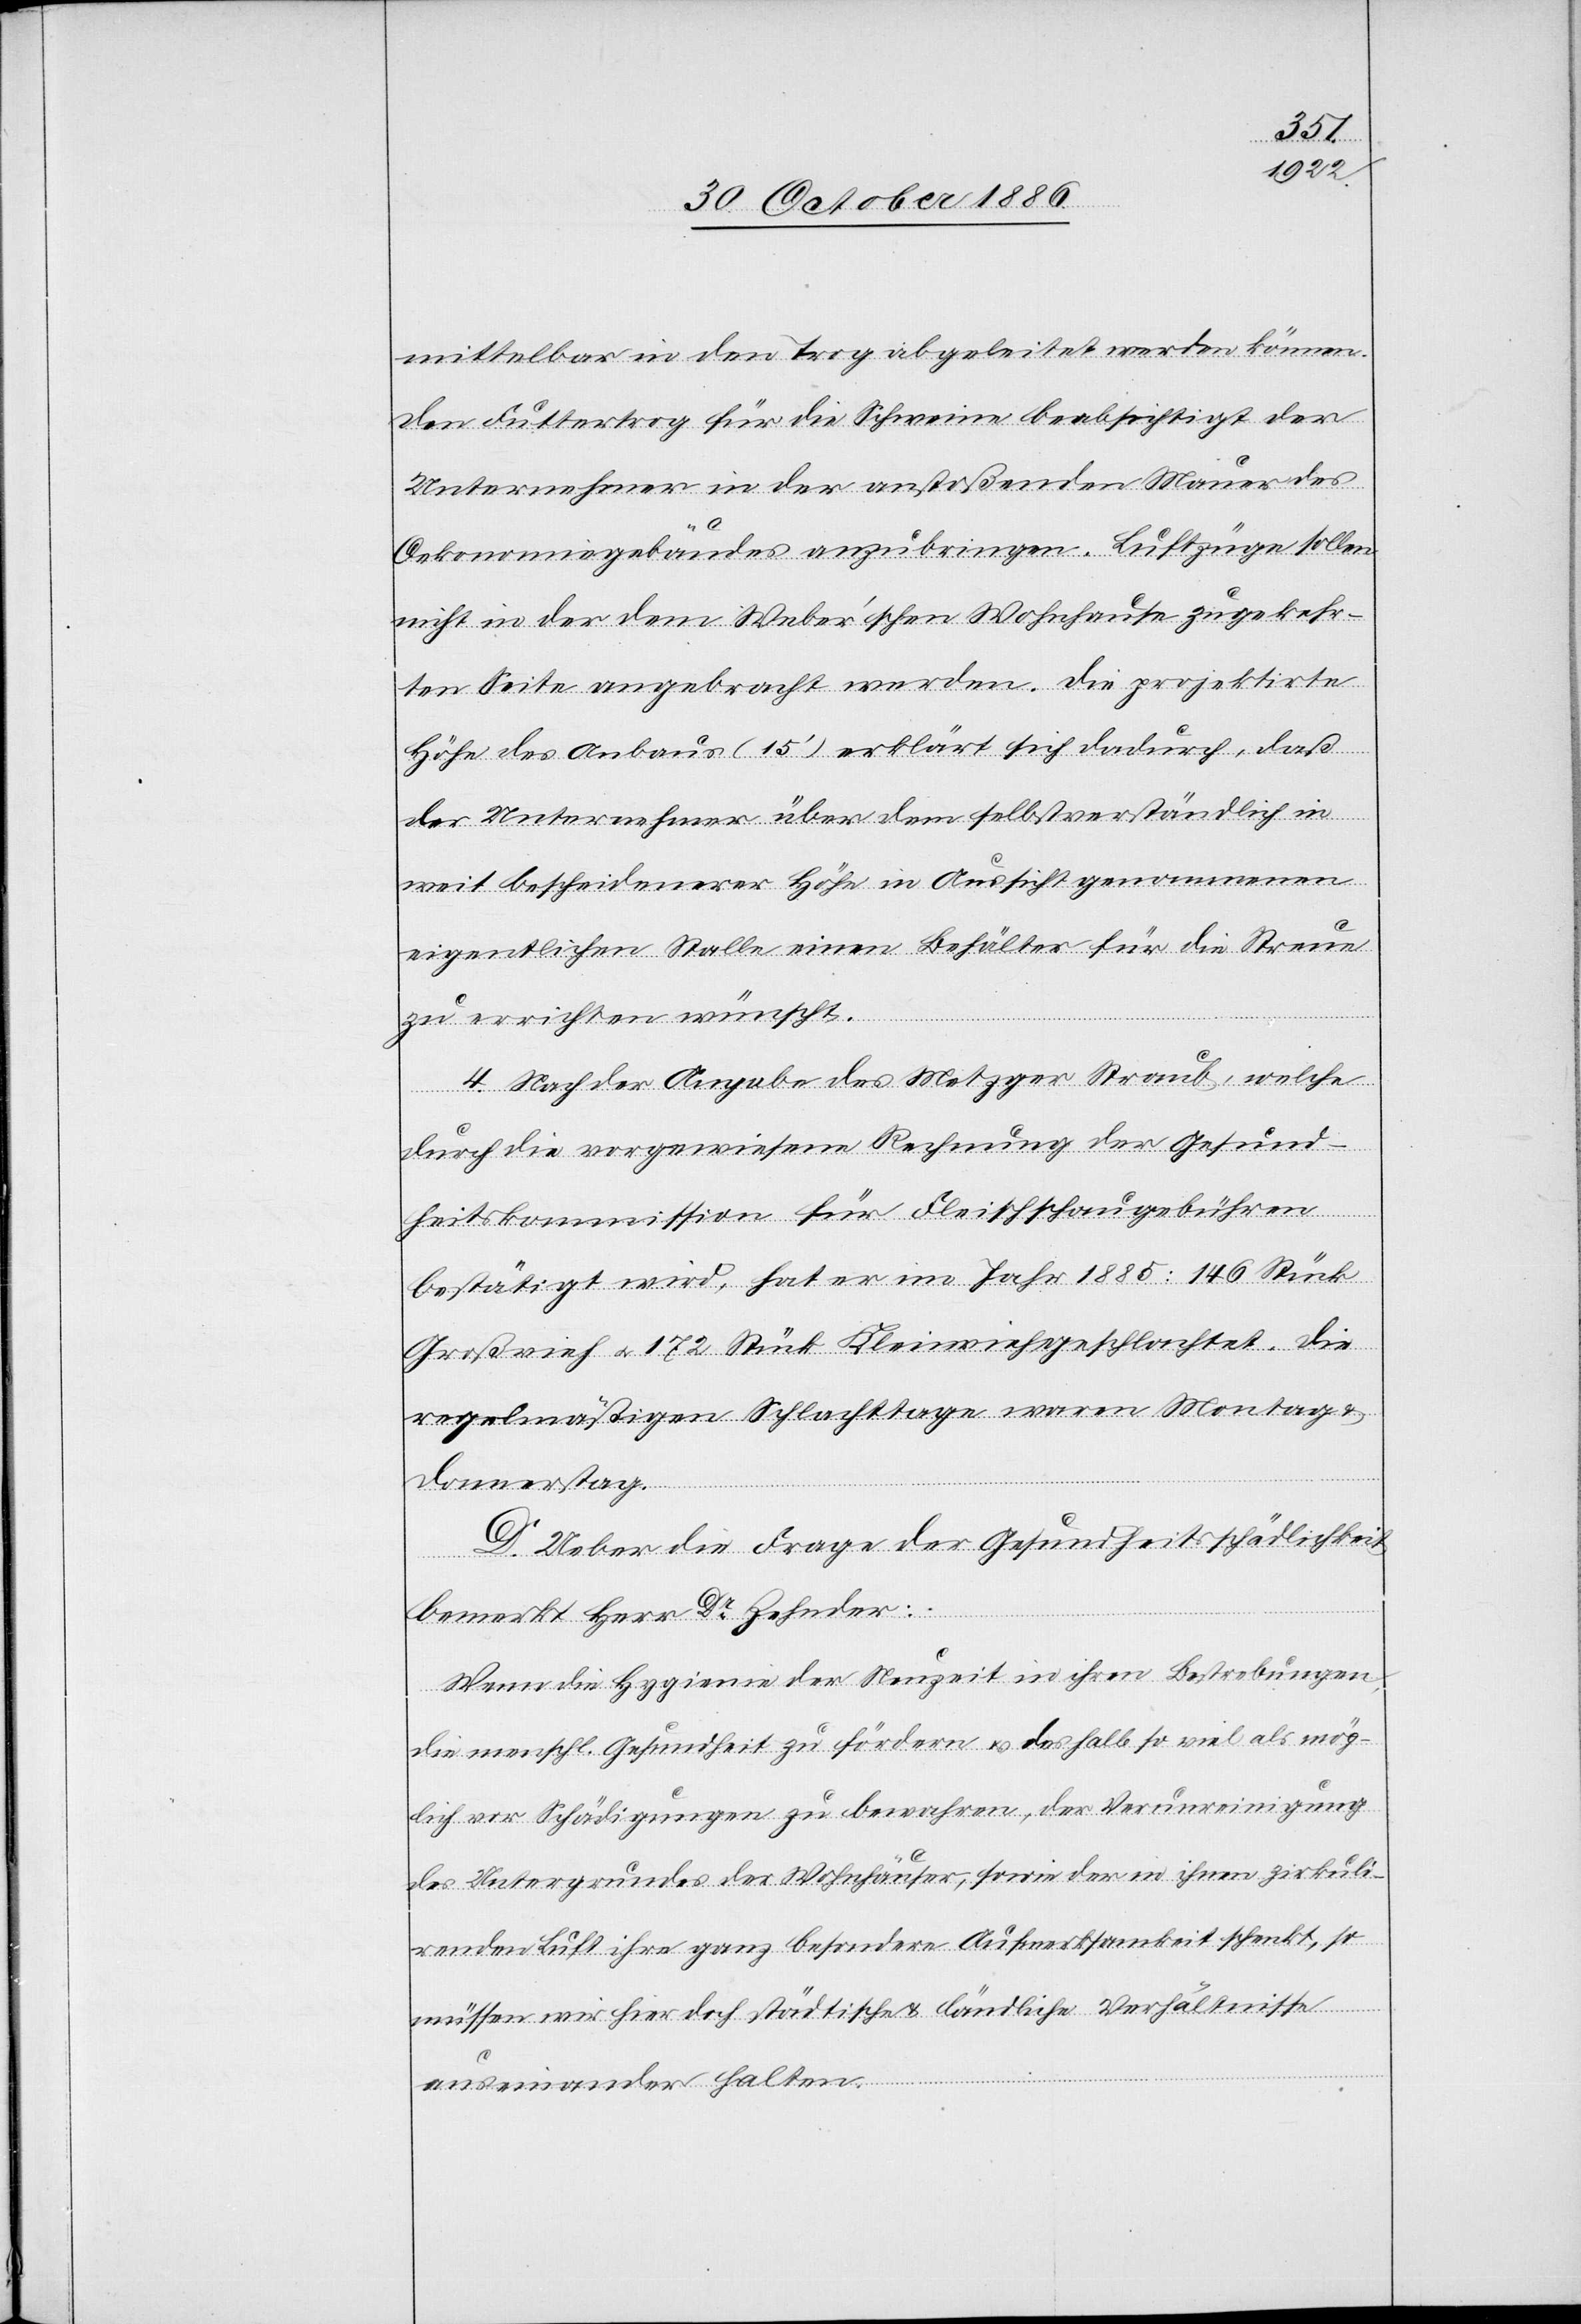
mittelbar in den Trog abgeleitet werden können.
Den Futtertrog für die Schweine beabsichtigt der
Unternehmer in der anstoßenden Mauer des
Oekonomiegebäudes anzubringen. Luftzüge sollen
nicht in der dem Weber’schen Wohnhause zugekehr¬
ten Seite angebracht werden. Die projektirte
Höhe des Anbaus (15‘) erklärt sich dadurch, daß
der Unternehmer über dem selbstverständlich in
weit bescheidenerer Höhe in Aussicht genommenen
eigentlichen Stalle einen Behälter für die Streue
zu errichten wünscht.
4. Nach der Angabe des Metzger Straub, welche
durch die vorgewiesene Rechnung der Gesund¬
heitskommission für Fleischschaugebühren
bestätigt wird, hat er im Jahr 1885: 146 Stück
Großvieh & 172 Stück Kleinvieh geschlachtet. Die
regelmäßigen Schlachttage waren Montag
Donnerstag.
D. Ueber die Frage der Gesundheitsschädlichkeit
bemerkt Herr Dr Zehnder:
Wenn die Hygieine der Neuzeit in ihren Bestrebungen,
die menschl. Gesundheit zu fördern & deshalb so viel als mög¬
lich vor Schädigungen zu bewahren, der Verunreinigung
des Untergrundes der Wohnhäuser, sowie der in ihnen zirkuli¬
renden Luft ihre ganz besondere Aufmerksamkeit schenkt, so
müssen wir hier doch städtische & ländliche Verhältnisse
auseinander halten.